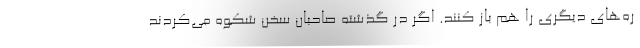
ره‌های دیگری را هم باز کنند. اگر در گذشته صاحبان سخن شِکوه می‌کردند